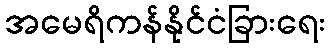
အမေရိကန်နိုင်ငံခြားရေး